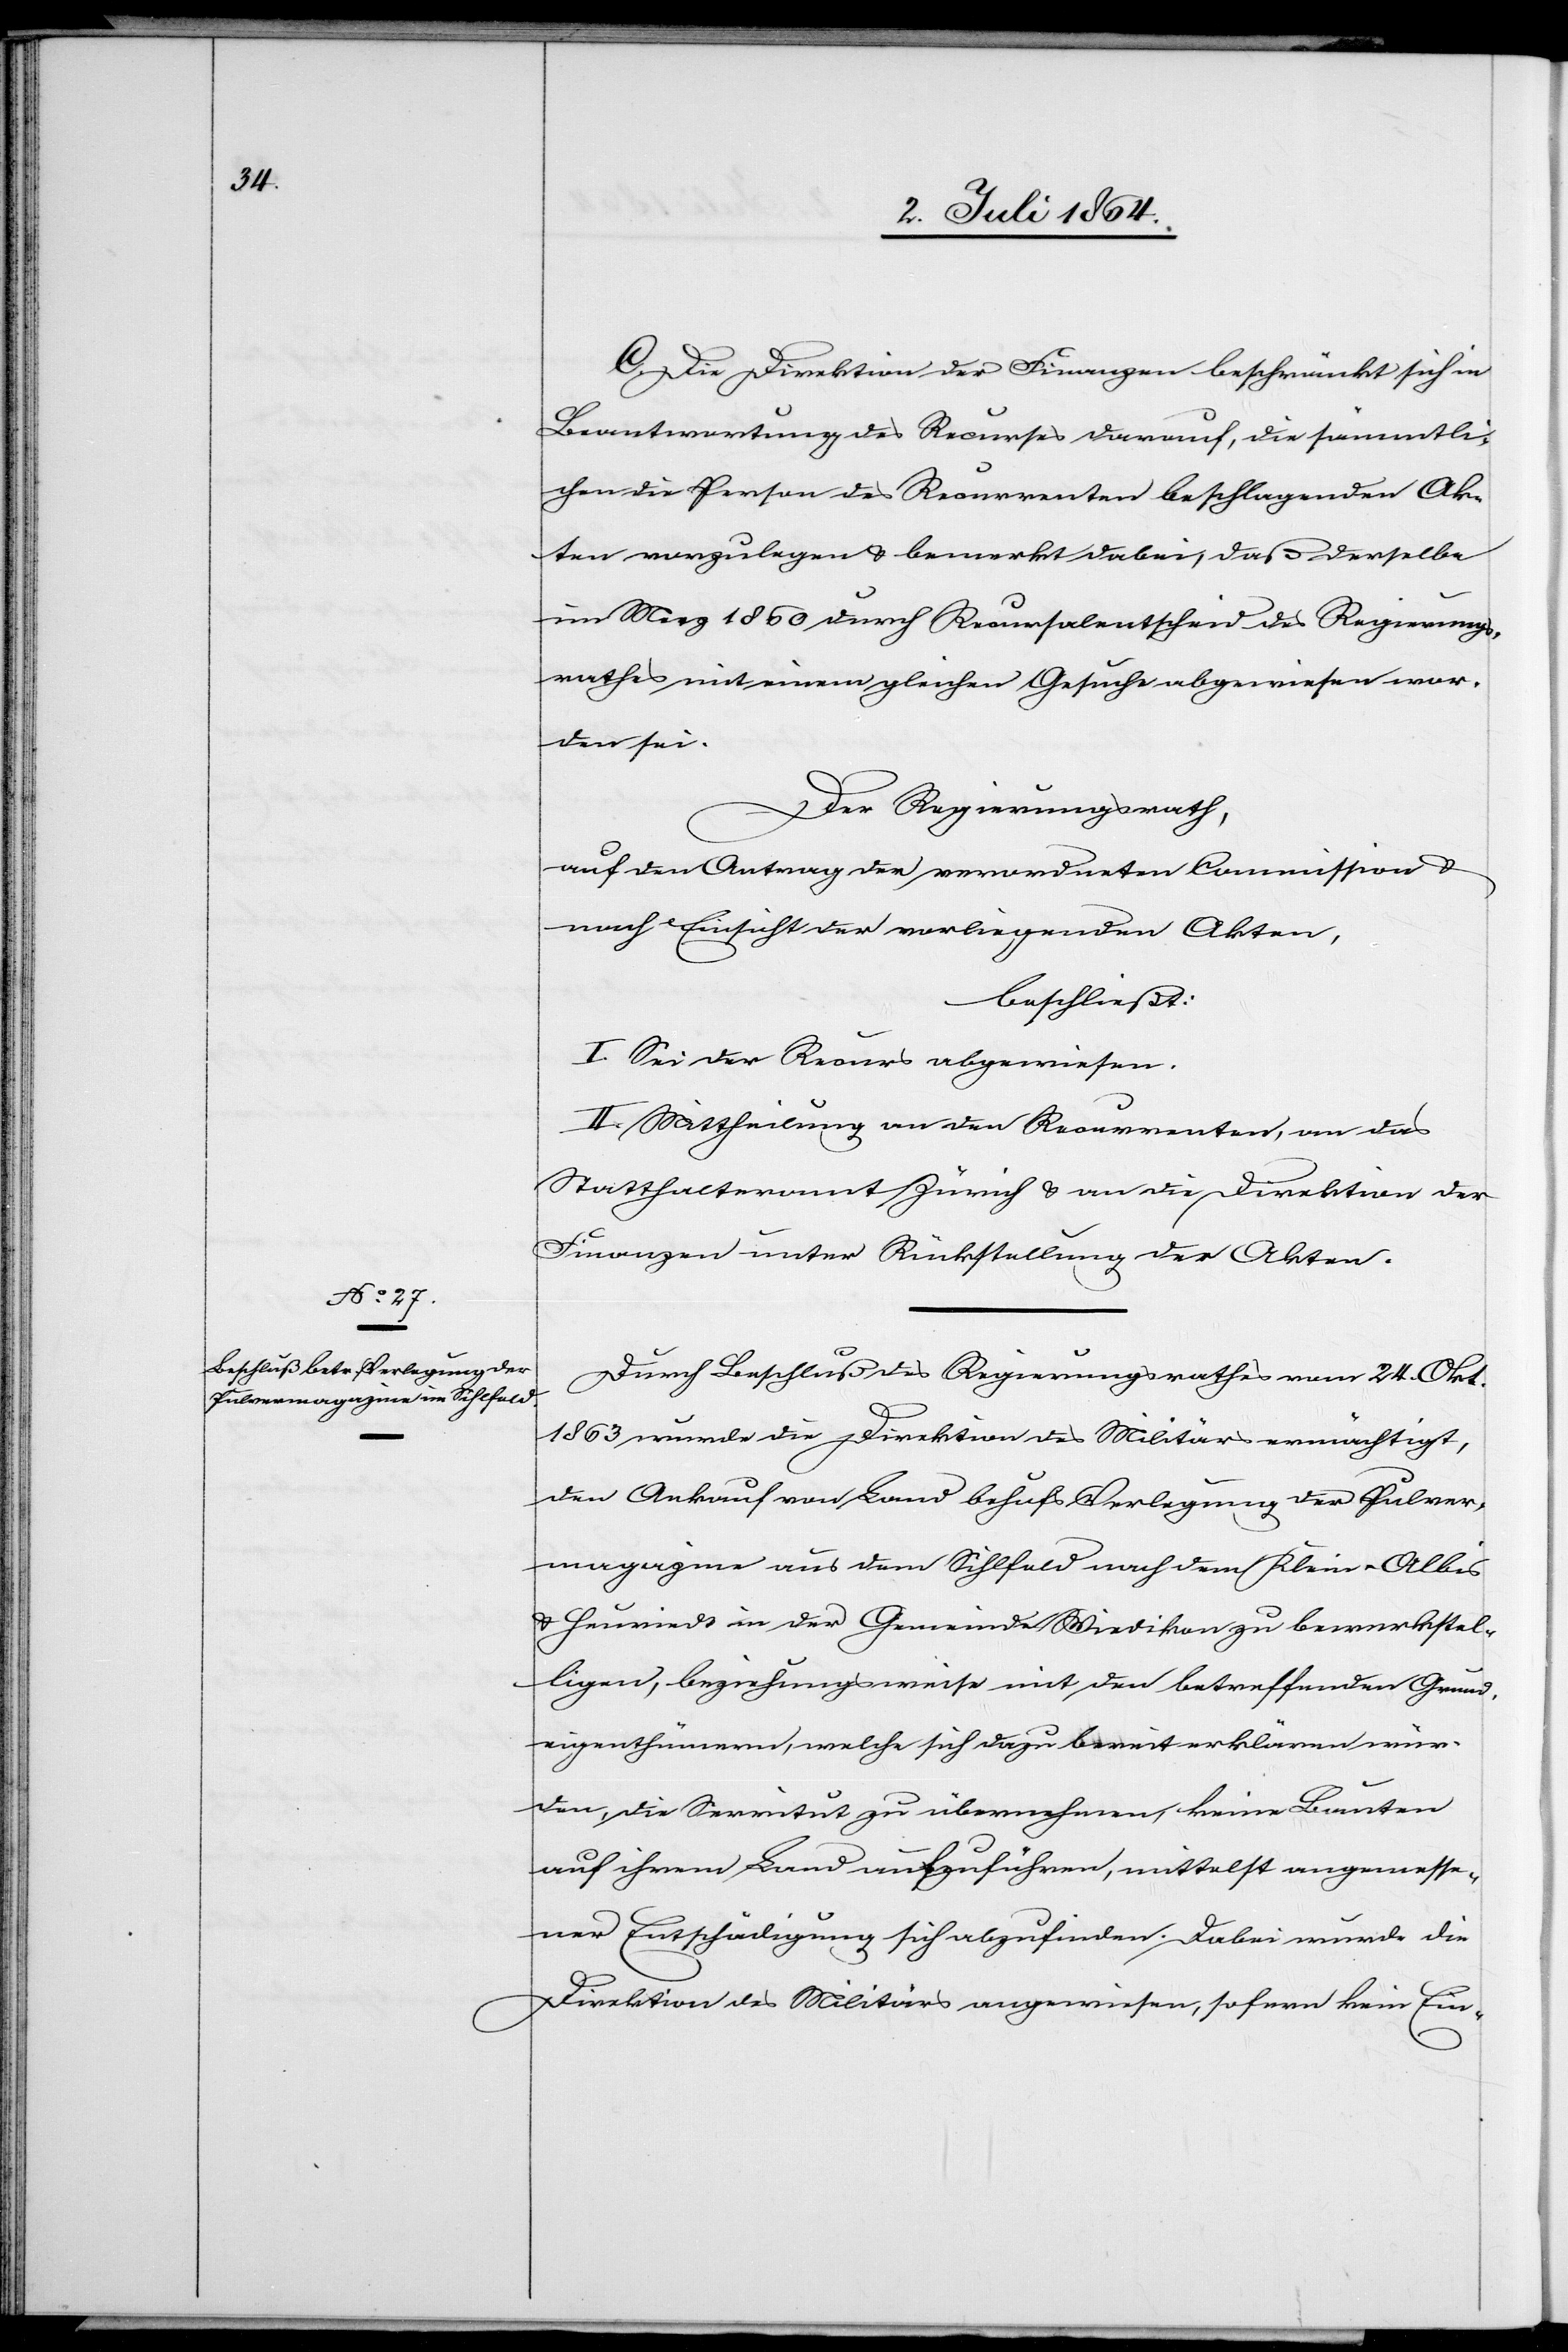
C. Die Direktion der Finanzen beschränkt sich in
Beantwortung des Recurses darauf, die sämmtli¬
chen die Person des Recurrenten beschlagenden Ak¬
ten vorzulegen u. bemerkt dabei, daß derselbe
im Merz 1860 durch Recursalentscheid des Regierungs¬
rathes mit einem gleichen Gesuche abgewiesen wor¬
den sei.
Der Regierungsrath,
auf den Antrag der verordneten Commission u.
nach Einsicht der vorliegenden Akten,
beschließt:
I. Sei der Recurs abgewiesen.
II. Mittheilung an den Recurrenten, an das
Statthalteramt Zürich u. an die Direktion der
Finanzen unter Rückstellung der Akten.
Durch Beschluß des Regierungsrathes vom 24. Okt.
1863 wurde die Direktion des Militärs ermächtigt,
den Ankauf von Land behufs Verlegung der Pulver¬
magazine aus dem Sihlfeld nach dem Klein-Albis
u. Heuried in der Gemeinde Wiedikon zu bewerkstel¬
ligen, beziehungsweise mit den betreffenden Grund¬
eigenthümern, welche sich dazu bereit erklären wür¬
den, die Servitut zu übernehmen, keine Bauten
auf ihrem Land aufzuführen, mittelst angemesse¬
ner Entschädigung sich abzufinden. Dabei wurde die
Direktion des Militärs angewiesen, sofern kein Ein-